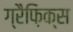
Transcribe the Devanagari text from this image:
ग्रैफ़िक्स